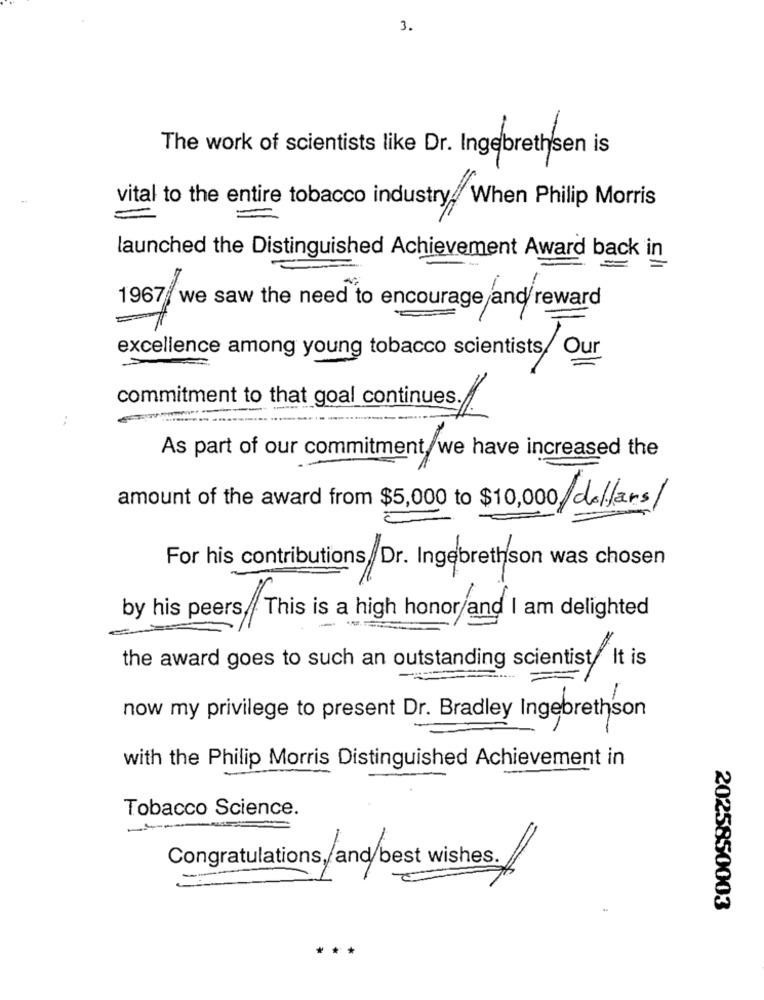
3.
The work of scientists like Dr. Ingebrethsen is
vital to the entire tobacco industry. When Philip Morris
=
launched the Distinguished Achievement Award back in
1967/ we saw the need to encourage and/ reward
excellence among young tobacco scientists/ Our
commitment to that goal continues.
As part of our commitment we have increased the
amount of the award from $5,000 to $10,000 dollars/
For his contributions Dr. Ingebrethson was chosen
by his peers, This is a high honor/and I am delighted
the award goes to such an outstanding scientist. It is
now my privilege to present Dr. Bradley Ingebrethson
with the Philip Morris Distinguished Achievement in
Tobacco Science.
-
Congratulations, and best wishes. /
2025850003